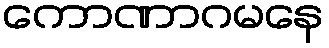
ကောဏာဂမနေ